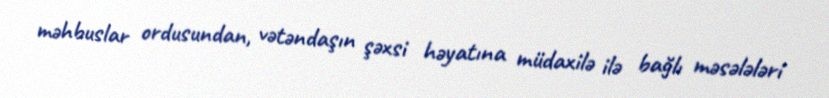
məhbuslar ordusundan, vətəndaşın şəxsi həyatına müdaxilə ilə bağlı məsələləri